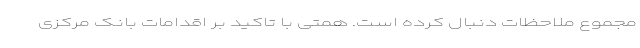
مجموع ملاحظات دنبال کرده است. همتی با تاکید بر اقدامات بانک مرکزی